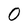
Character: 0